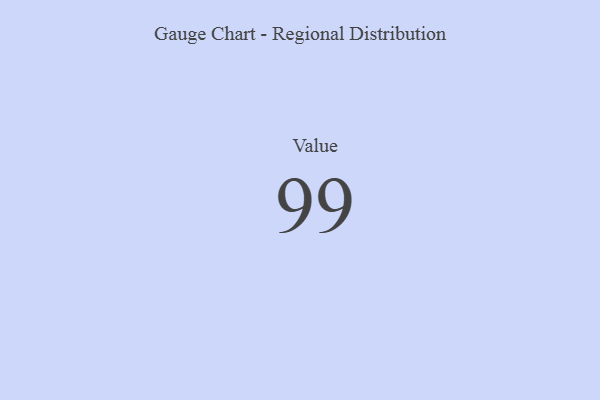
{"axis": {"x": "Metric", "y": "Value"}, "legend": [""], "data": [{"x": "Value", "y": 99, "type": ""}]}